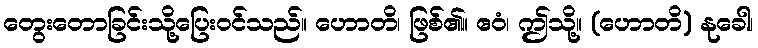
တွေးတောခြင်းသို့ပြေးဝင်သည်။ ဟောတိ၊ ဖြစ်၏။ ဧဝံ၊ ဤသို့။ (ဟောတိ) နုခေါ၊